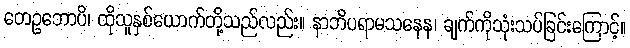
တေဥဘောပိ၊ ထိုသူနှစ်ယောက်တို့သည်လည်း။ နာဘိပရာမသနေန၊ ချက်ကိုသုံးသပ်ခြင်းကြောင့်။